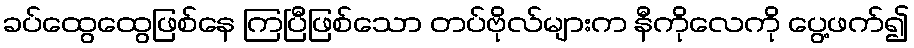
ခပ်ထွေထွေဖြစ်နေ ကြပြီဖြစ်သော တပ်ဗိုလ်များက နီကိုလေကို ပွေ့ဖက်၍